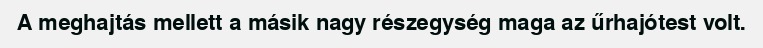
A meghajtás mellett a másik nagy részegység maga az űrhajótest volt.